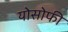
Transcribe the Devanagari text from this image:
योसोफी